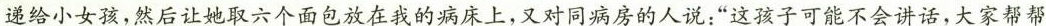
递给小女孩，然后让她取六个面包放在我的病床上，又对同病房的人说：”这孩子可能不会讲话，大家帮帮